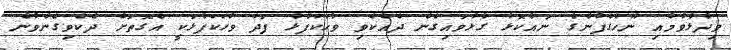
ވިދާޅުވުމާއި ނޫހުގެފާނުގެ ނައުކޮޅާ ގުޅުވައިގެން ދެއްކެވި ވާހަކަފުޅު ފަދަ ވާހަކަފުޅަކީ އެގޮތަށް ދެކެވިގެންވާނެ